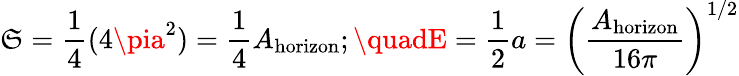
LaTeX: \mathfrak{S}={\frac{{1}}{{4}}}(4\pia^{2})={\frac{{1}}{{4}}}A_{\mathrm{{horizon}}};\quadE={\frac{{1}}{{2}}}a=\left({\frac{{A_{\mathrm{{horizon}}}}}{{16\pi}}}\right)^{1/2}